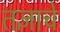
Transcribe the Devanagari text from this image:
तज्ञाचे